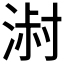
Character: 𰜓